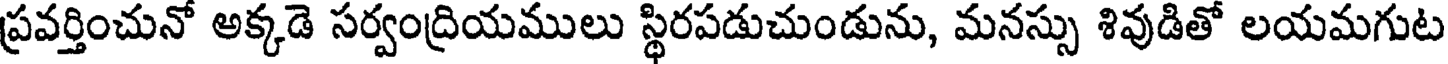
ప్రవర్తించునో అక్కడె సర్వంద్రియములు స్థిరపడుచుండును, మనస్సు శివుడితో లయమగుట